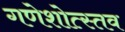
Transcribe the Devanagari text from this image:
गणेशोत्स्तव